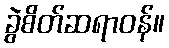
ခွဲစိတ်ဆရာဝန်။